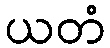
ယတံ